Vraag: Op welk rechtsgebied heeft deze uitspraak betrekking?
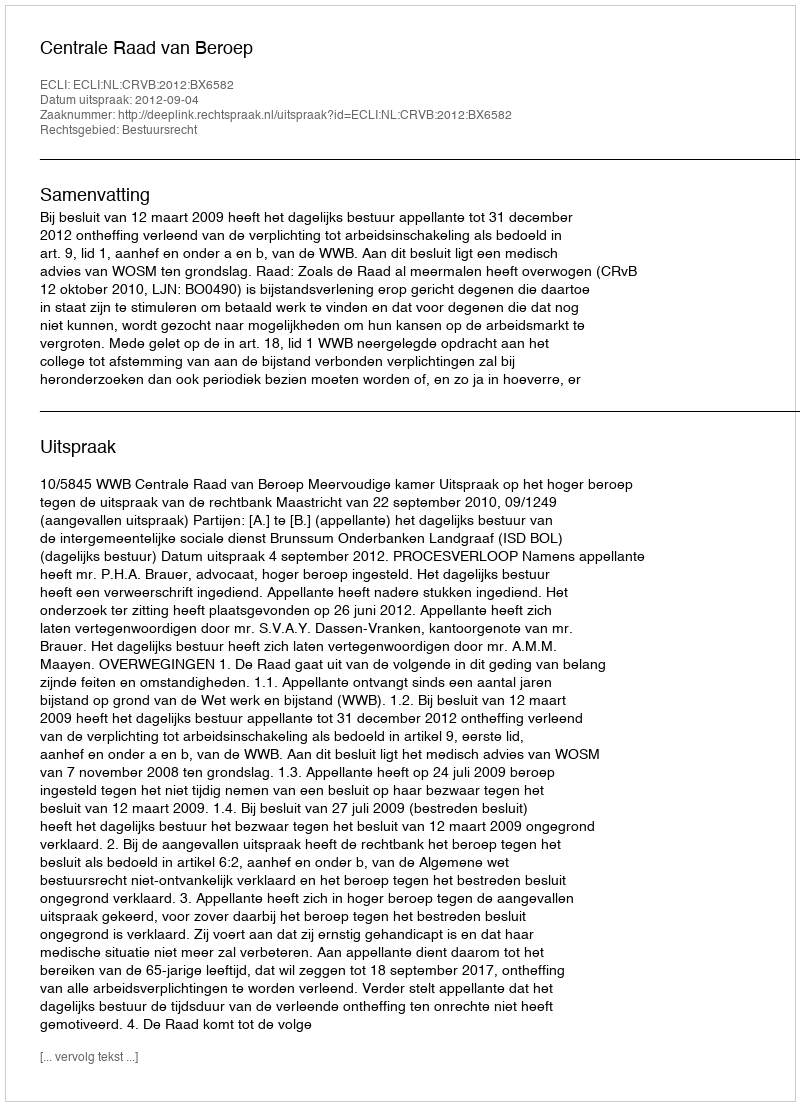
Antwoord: Bestuursrecht